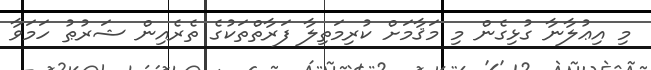
މި އިޢުލާނާ ގުޅިގެން މި މަޤާމަށް ކުރިމަތިލާ ފަރާތްތަކުގެ ތެރެއިން ޝަރުޠު ހަމަވާ